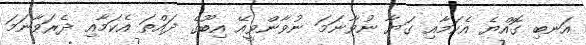
އަނބި ގޮއްޔެ އެކަމާއި ގަޔާ ނުވާނަމަ ނުވާންވީއޭ އިބޫގެ ދައްތަ އެކަމާއި ދެރަވާނަމަ